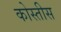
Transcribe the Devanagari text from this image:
कोस्तीस